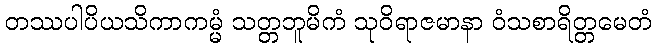
တဿပါပိယသိကာကမ္မံ သတ္တဘူမိကံ သုဝိရာဇမာနာ ဝံသစာရိတ္တမေတံ